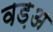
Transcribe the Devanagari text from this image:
वड़अ